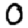
Digit: 0